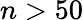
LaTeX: n>50